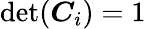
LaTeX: \operatorname*{det}(\boldsymbol{C}_{i})=1